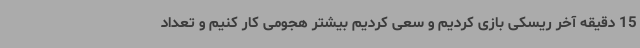
15 دقیقه آخر ریسکی بازی کردیم و سعی کردیم بیشتر هجومی کار کنیم و تعداد